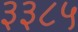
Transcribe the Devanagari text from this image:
३३८५